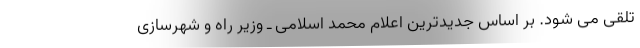
تلقی می شود. بر اساس جدیدترین اعلام محمد اسلامی ـ وزیر راه و شهرسازی